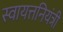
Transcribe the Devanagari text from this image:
स्वायत्तनियंत्री